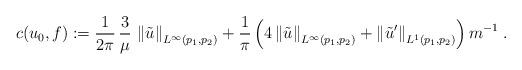
LaTeX: \begin{align*} c(u_0,f) := \frac{1}{2\pi} \, \frac{3}{\mu} \, \left\| \tilde{u} \right\|_{L^{\infty}(p_1,p_2)} + \frac{1}{\pi} \left( 4 \left\| \tilde{u} \right\|_{L^{\infty}(p_1,p_2)} + \left\| \tilde{u}' \right\|_{L^1(p_1,p_2)} \right) m^{-1} \; .\end{align*}